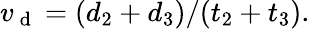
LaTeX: v_{\mathrm{~d~}}=(d_{2}+d_{3})/(t_{2}+t_{3}).